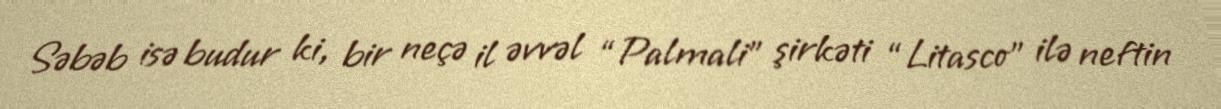
Səbəb isə budur ki, bir neçə il əvvəl “Palmali” şirkəti “Litasco” ilə neftin